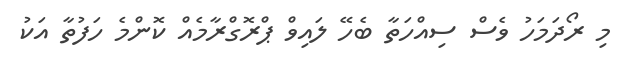
މި ރޯދަމަހު ވެސް ސިއްހަތާ ބެހޭ ލައިވް ޕްރޮގްރާމެއް ކޮންމެ ހަފުތާ އަކު